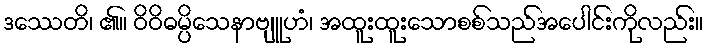
ဒဿေတိ၊ ၏။ ဝိဝိဓမ္ပိသေနာဗျူဟံ၊ အထူးထူးသောစစ်သည်အပေါင်းကိုလည်း။